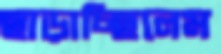
ছাড়াচ্ছিলেম